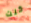
كنت